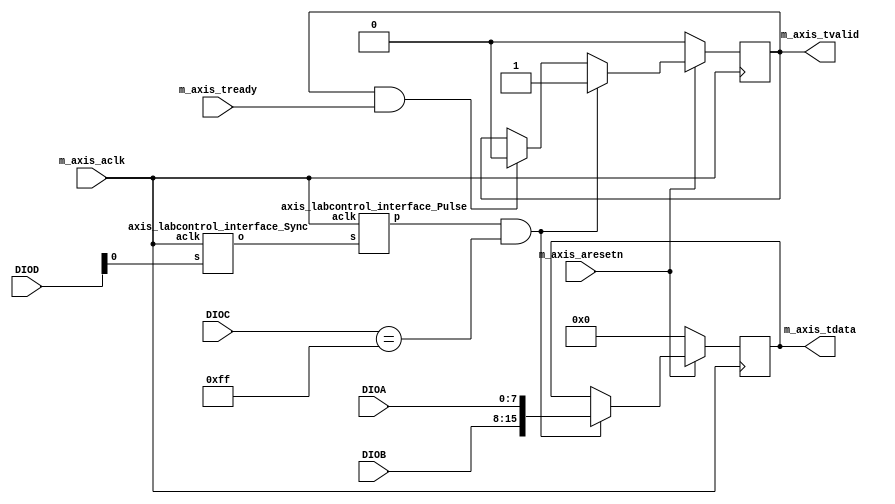

`timescale 1 ns / 1 ps

module axis_labcontrol_interface #
(
    parameter integer AXIS_DATA_WIDTH = 16,
    parameter integer LC_BUS_WIDTH = 32,
    parameter integer LC_DATA_WIDTH = 16,
    parameter integer LC_ADDR_WIDTH = 8,
    parameter integer LC_SBUS_WIDTH = 3,
    parameter integer LC_RESV_WIDTH = 3,
    parameter integer LC_ADDRESS   = 'hFF,
    parameter integer TWOS_COMPL = 1
)
(
    // System signals
    input  wire                      m_axis_aclk,
    input  wire                      m_axis_aresetn,
    
    // Slave side
    output wire [AXIS_DATA_WIDTH-1:0] m_axis_tdata,
    output wire                      m_axis_tvalid,
    input  wire                      m_axis_tready,
    
    // LabControl Interface
    input wire [7:0]    DIOA,
    input wire [7:0]    DIOB,
    input wire [7:0]    DIOC,
    input wire [7:0]    DIOD
);
    // Split bus into Address, Data, Strobe
    wire [LC_DATA_WIDTH-1:0]        lc_data     = {DIOB, DIOA};
    wire [LC_ADDR_WIDTH-1:0]        lc_address  = DIOC;
    wire [LC_RESV_WIDTH-1:0]        lc_reserved = DIOD[7:5];
    wire [LC_SBUS_WIDTH-1:0]        lc_subbus   = DIOD[4:2];
    wire                            lc_direction= DIOD[1];
    wire                            lc_strobe   = DIOD[0];

    // Generate Address Match
    wire address_match = (lc_address == LC_ADDRESS);
    
    // Create synchronized strobe-pulse 
    wire strobe_sync, strobe_pulse;
    axis_labcontrol_interface_Sync sync_strobe_inst (m_axis_aclk, lc_strobe, strobe_sync);
    axis_labcontrol_interface_Pulse pulse_strobe_inst (m_axis_aclk, strobe_sync, strobe_pulse);
         
    // Generate strobe_pulse
    reg [LC_DATA_WIDTH-1:0]     data_reg;
    reg                         data_valid;
    wire                        data_ready = m_axis_tready;
    always @(posedge m_axis_aclk)
    begin
        if(~m_axis_aresetn)
        begin
            data_reg <= {(LC_DATA_WIDTH){1'b0}};
            data_valid <= 1'b0;
        end else begin
            if(strobe_pulse & address_match)
            begin
                data_valid <= 1'b1;
                data_reg <= lc_data;
            end else
            if(data_valid & data_ready)
            begin
                data_valid <= 1'b0;
            end
        end
    end
    
    localparam SIGN_BIT = (1 << (AXIS_DATA_WIDTH - 1));
    localparam NOSIGN_MASK = (SIGN_BIT - 1);

    //  Connect AXIS Data to LC-Data gathered
    if ( AXIS_DATA_WIDTH == LC_DATA_WIDTH )
        assign m_axis_tdata = data_reg;
    if ( AXIS_DATA_WIDTH < LC_DATA_WIDTH ) 
        assign m_axis_tdata = data_reg[AXIS_DATA_WIDTH-1:0]; // Take LSB's
    if ( AXIS_DATA_WIDTH > LC_DATA_WIDTH )
    begin
      if(TWOS_COMPL)
          assign m_axis_tdata = ((data_reg & NOSIGN_MASK) - (data_reg & SIGN_BIT));
      else
          assign m_axis_tdata = { {(AXIS_DATA_WIDTH - LC_DATA_WIDTH){1'b0}}, data_reg}; 
    end
 
    assign m_axis_tvalid = data_valid;
endmodule

module axis_labcontrol_interface_Sync #(
    parameter STAGES = 2
) (
    input wire      aclk,
    input wire      s,
    output reg      o
);
    
    reg [STAGES-2:0] meta;
    always @(posedge aclk)
    begin
        {o, meta[STAGES-2:0]} <= {meta[STAGES-2:0], s};
    end
    
endmodule

module axis_labcontrol_interface_Pulse #(
    parameter STAGES = 2
) (
    input wire      aclk,
    input wire      s,
    output wire      p
);
    
    reg prv;
    always @(posedge aclk)
        prv <= s;
    assign p = s & ~prv;
endmodule